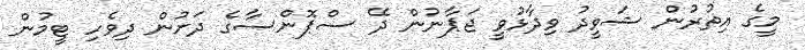
މީގެ އިތުރުން ޝަވީދު ވިދާޅުވީ ޖަޕާނުން ދޭ ސްޕޮންސާގެ ދަށުން ދިވެހި ޓީމުން